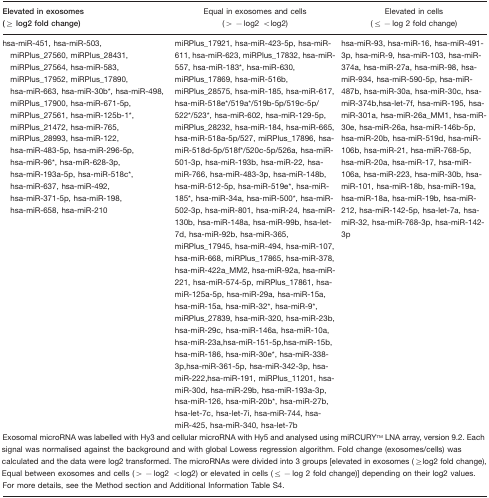
<table><thead><tr><td><b>Elevated in exosomes (≥ log2 fold change)</b></td><td><b>Equal in exosomes and cells (&gt;−log2 &lt;log2)</b></td><td><b>Elevated in cells (≤−log 2 fold change)</b></td></tr></thead><tbody><tr><td>hsa-miR-451, hsa-miR-503, miRPlus_27560, miRPlus_28431, miRPlus_27564, hsa-miR-583, miRPlus_17952, miRPlus_17890, hsa-miR-663, hsa-miR-30b*, hsa-miR-498, miRPlus_17900, hsa-miR-671-5p, miRPlus_27561, hsa-miR-125b-1*, miRPlus_21472, hsa-miR-765, miRPlus_28993, hsa-miR-122, hsa-miR-483-5p, hsa-miR-296-5p, hsa-miR-96*, hsa-miR-628-3p, hsa-miR-193a-5p, hsa-miR-518c*, hsa-miR-637, hsa-miR-492, hsa-miR-371-5p, hsa-miR-198, hsa-miR-658, hsa-miR-210</td><td>miRPlus_17921, hsa-miR-423-5p, hsa-miR-611, hsa-miR-623, miRPlus_17832, hsa-miR-557, hsa-miR-183*, hsa-miR-630, miRPlus_17869, hsa-miR-516b, miRPlus_28575, hsa-miR-185, hsa-miR-617, hsa-miR-518e*/519a*/519b-5p/519c-5p/522*/523*, hsa-miR-602, hsa-miR-129-5p, miRPlus_28232, hsa-miR-184, hsa-miR-665, hsa-miR-518a-5p/527, miRPlus_17896, hsa-miR-518d-5p/518f*/520c-5p/526a, hsa-miR-501-3p, hsa-miR-193b, hsa-miR-22, hsa-miR-766, hsa-miR-483-3p, hsa-miR-148b, hsa-miR-512-5p, hsa-miR-519e*, hsa-miR-185*, hsa-miR-34a, hsa-miR-500*, hsa-miR-502-3p, hsa-miR-801, hsa-miR-24, hsa-miR-130b, hsa-miR-148a, hsa-miR-99b, hsa-let-7d, hsa-miR-92b, hsa-miR-365, miRPlus_17945, hsa-miR-494, hsa-miR-107, hsa-miR-668, miRPlus_17865, hsa-miR-378, hsa-miR-422a_MM2, hsa-miR-92a, hsa-miR-221, hsa-miR-574-5p, miRPlus_17861, hsa-miR-125a-5p, hsa-miR-29a, hsa-miR-15a, hsa-miR-15a, hsa-miR-32*, hsa-miR-9*, miRPlus_27839, hsa-miR-320, hsa-miR-23b, hsa-miR-29c, hsa-miR-146a, hsa-miR-10a, hsa-miR-23a,hsa-miR-151-5p,hsa-miR-15b, hsa-miR-186, hsa-miR-30e*, hsa-miR-338-3p,hsa-miR-361-5p, hsa-miR-342-3p, hsa-miR-222,hsa-miR-191, miRPlus_11201, hsa-miR-30d, hsa-miR-29b, hsa-miR-193a-3p, hsa-miR-126, hsa-miR-20b*, hsa-miR-27b, hsa-let-7c, hsa-let-7i, hsa-miR-744, hsa-miR-425, hsa-miR-340, hsa-let-7b</td><td>hsa-miR-93, hsa-miR-16, hsa-miR-491-3p, hsa-miR-9, hsa-miR-103, hsa-miR-374a, hsa-miR-27a, hsa-miR-98, hsa-miR-934, hsa-miR-590-5p, hsa-miR-487b, hsa-miR-30a, hsa-miR-30c, hsa-miR-374b,hsa-let-7f, hsa-miR-195, hsa-miR-301a, hsa-miR-26a_MM1, hsa-miR-30e, hsa-miR-26a, hsa-miR-146b-5p, hsa-miR-20b, hsa-miR-519d, hsa-miR-106b, hsa-miR-21, hsa-miR-768-5p, hsa-miR-20a, hsa-miR-17, hsa-miR-106a, hsa-miR-223, hsa-miR-30b, hsa-miR-101, hsa-miR-18b, hsa-miR-19a, hsa-miR-18a, hsa-miR-19b, hsa-miR-212, hsa-miR-142-5p, hsa-let-7a, hsa-miR-32, hsa-miR-768-3p, hsa-miR-142-3p</td></tr><tr><td colspan="3">Exosomal microRNA was labelled with Hy3 and cellular microRNA with Hy5 and analysed using miRCURYTM LNA array, version 9.2. Each signal was normalised against the background and with global Lowess regression algorithm. Fold change (exosomes/cells) was calculated and the data were log2 transformed. The microRNAs were divided into 3 groups [elevated in exosomes (≥log2 fold change), Equal between exosomes and cells (&gt;−log2 &lt;log2) or elevated in cells (≤−log 2 fold change)] depending on their log2 values. For more details, see the Method section and Additional Information Table S4.</td></tr></tbody></table>